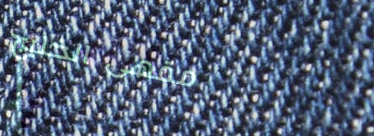
مقهى الخليج